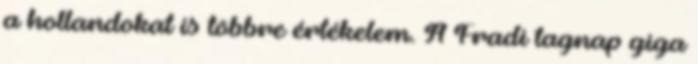
a hollandokat is többre értékelem. A Fradi tagnap giga